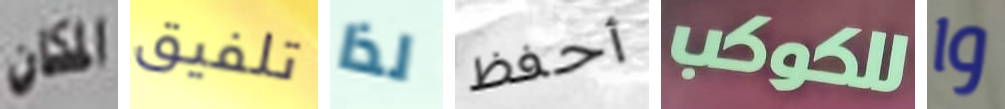
المكان تلفيق لذا أحفظ للكوكب وا